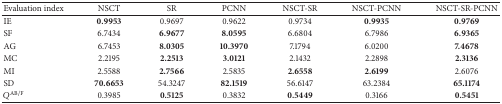
| Evaluation index | NSCT | SR | PCNN | NSCT-SR | NSCT-PCNN | NSCT-SR-PCNN |
 | --- | --- | --- | --- | --- | --- | --- |
 | IE | 0.9953 | 0.9697 | 0.9622 | 0.9734 | 0.9935 | 0.9769 |
 | SF | 6.7434 | 6.9677 | 8.0595 | 6.6804 | 6.7986 | 6.9365 |
 | AG | 6.7453 | 8.0305 | 10.3970 | 7.1794 | 6.0200 | 7.4678 |
 | MC | 2.2195 | 2.2513 | 3.0121 | 2.1432 | 2.2898 | 2.3136 |
 | MI | 2.5588 | 2.7566 | 2.5835 | 2.6558 | 2.6199 | 2.6076 |
 | SD | 70.6653 | 54.3247 | 82.1519 | 56.6147 | 63.2384 | 65.1174 |
 | QAB/F | 0.3985 | 0.5125 | 0.3832 | 0.5449 | 0.3166 | 0.5451 |